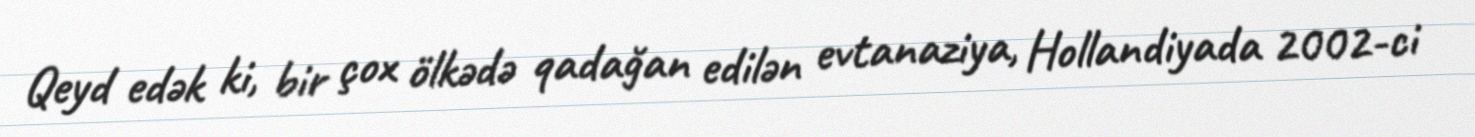
Qeyd edək ki, bir çox ölkədə qadağan edilən evtanaziya, Hollandiyada 2002-ci